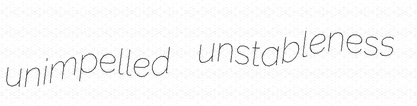
unimpelled unstableness